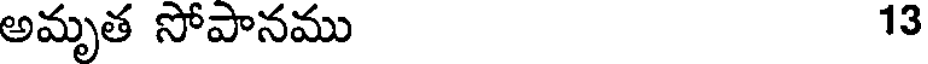
అమృత సోపానము 13